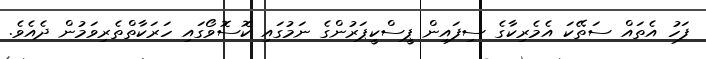
ފަހު އެތައް ސަތޭކަ އެމެރިކާގެ ސިފައިން ޕީސްކީޕަރުންގެ ނަމުގައި ކޮސޮވޯގައި ހަރަކާތްތެރިވަމުން ދެއެވެ.